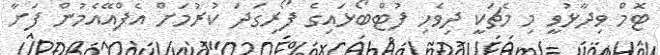
ޓޮމް ވިދާޅުވީ މި މެޗަކީ ދިވެހި ފުޓްބޯޅައިގެ ފޯރިގަދަ ކުރުމަށް އެފްއޭއެމުން ފަށާ